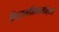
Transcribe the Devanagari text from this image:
नित्यमभिमानोन्नतं